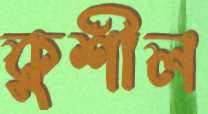
কুশীল